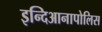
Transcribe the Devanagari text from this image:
इन्दिआनापोलिस